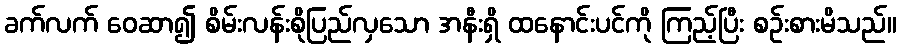
ခက်လက် ဝေဆာ၍ စိမ်းလန်းစိုပြည်လှသော အနီးရှိ ထနောင်းပင်ကို ကြည့်ပြီး စဉ်းစားမိသည်။